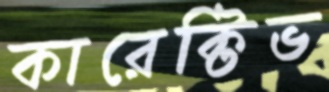
কারেক্টিভ